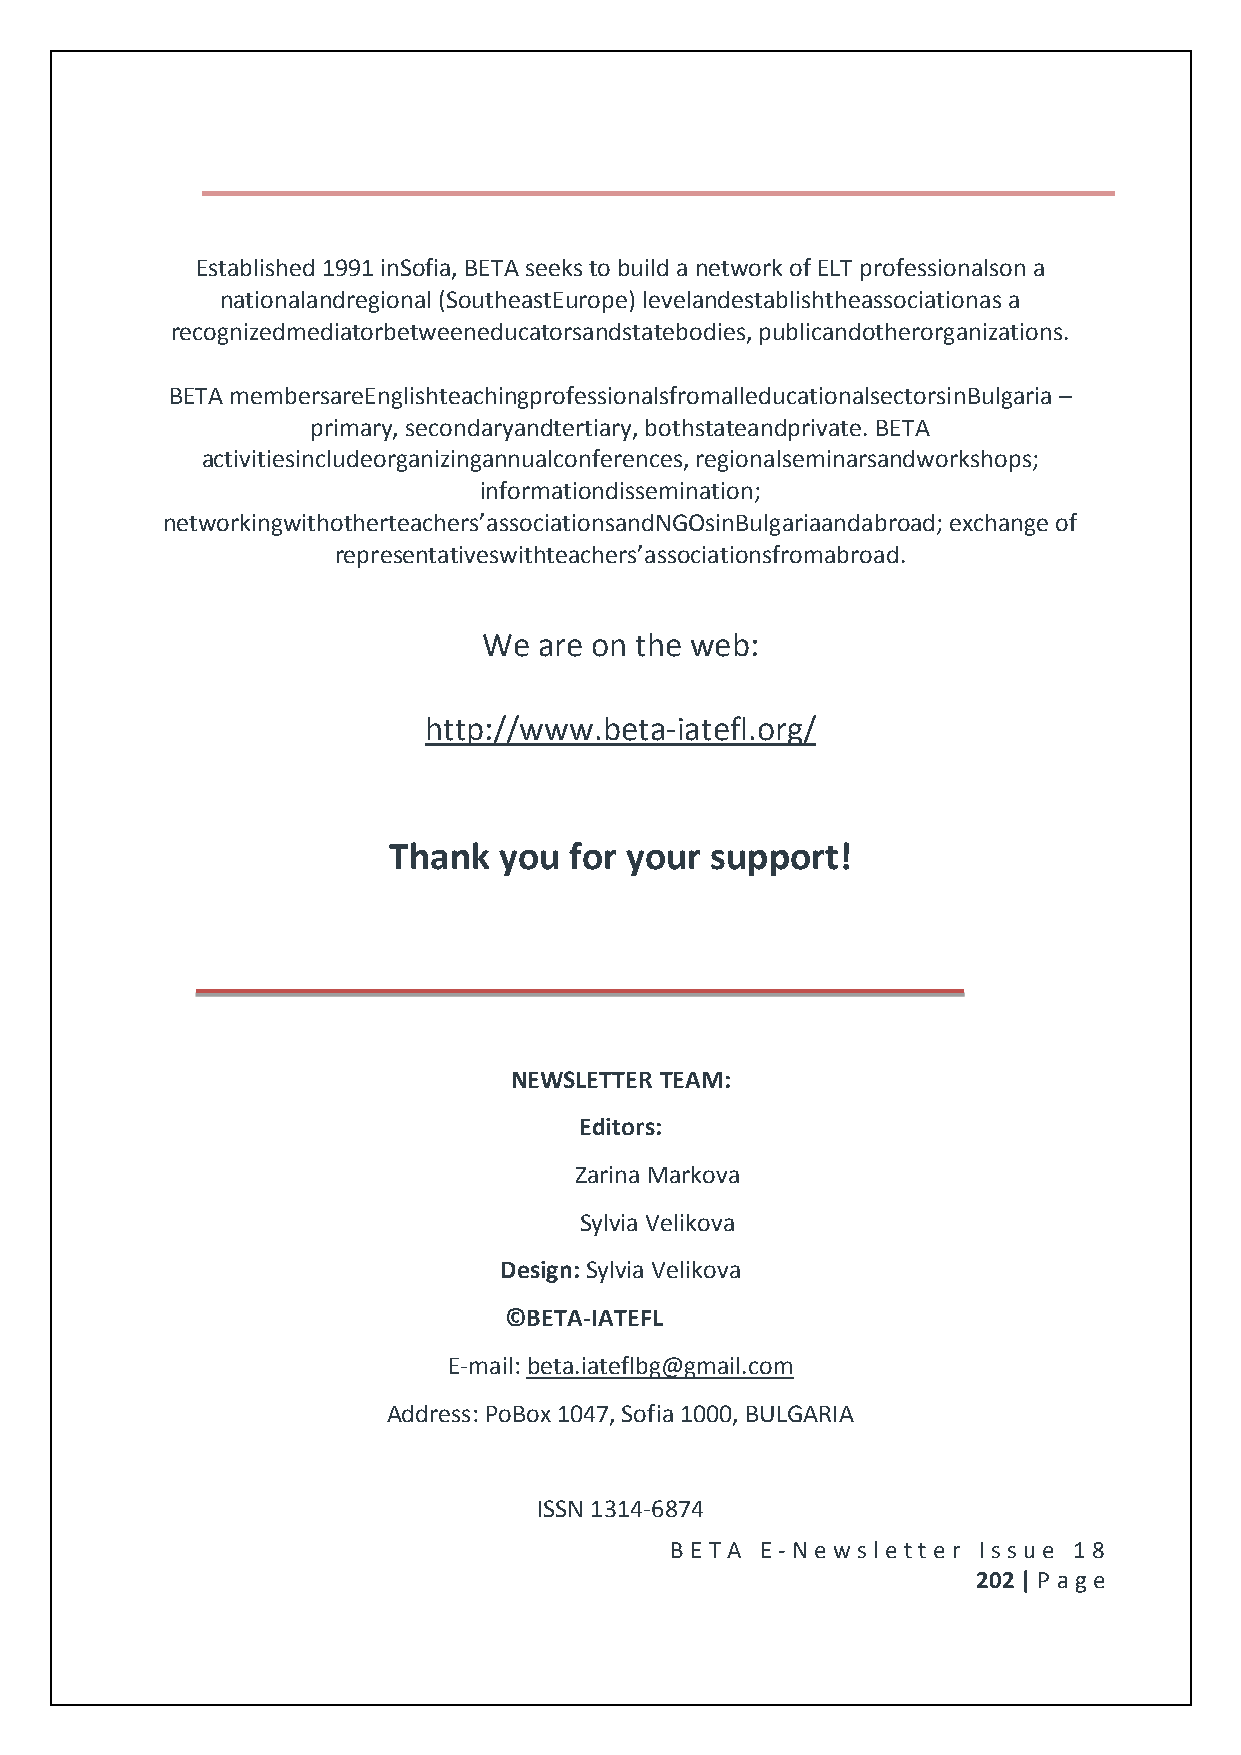
Established 1991 inSofia, BETA seeks to build a network of ELT professionalson a
 nationalandregional (SoutheastEurope) levelandestablishtheassociationas a
 recognizedmediatorbetweeneducatorsandstatebodies, publicandotherorganizations.
 BETA membersareEnglishteachingprofessionalsfromalleducationalsectorsinBulgaria –
 primary, secondaryandtertiary, bothstateandprivate. BETA
 activitiesincludeorganizingannualconferences, regionalseminarsandworkshops;
 informationdissemination;
 networkingwithotherteachers’associationsandNGOsinBulgariaandabroad; exchange of
 representativeswithteachers’associationsfromabroad.
 We  are on the web:
 http://www.beta-iatefl.org/
 Thank  you  for your support!
 NEWSLETTER TEAM:
 Editors:
 Zarina Markova
 Sylvia Velikova
 Design: Sylvia Velikova
 ©BETA-IATEFL
 E-mail: beta.iateflbg@gmail.com
 Address: PoBox 1047, Sofia 1000, BULGARIA
 ISSN 1314-6874
 BE T A E -N e wsle tt e r Issue 18
 202 | P age